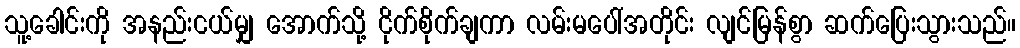
သူ့ခေါင်းကို အနည်းငယ်မျှ အောက်သို့ ငိုက်စိုက်ချကာ လမ်းမပေါ်အတိုင်း လျင်မြန်စွာ ဆက်ပြေးသွားသည်။